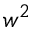
w ^ { 2 }